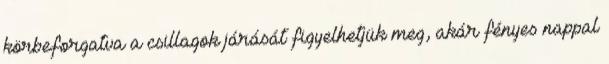
körbeforgatva a csillagok járását figyelhetjük meg, akár fényes nappal